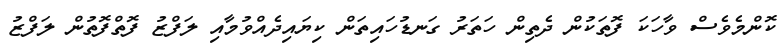
ކޮންމެވެސް ވާހަކަ ފޮތަކުން ދެތިން ހަތަރު ގަނޑުހައިތަން ކިޔައިދެއްވުމާއި ލަފްޒު ފޮތްފޮތުން ލަފްޒު